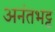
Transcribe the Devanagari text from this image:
अनंतभट्ट